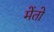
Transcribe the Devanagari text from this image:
मेंतो